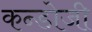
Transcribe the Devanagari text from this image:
कन्डोजी